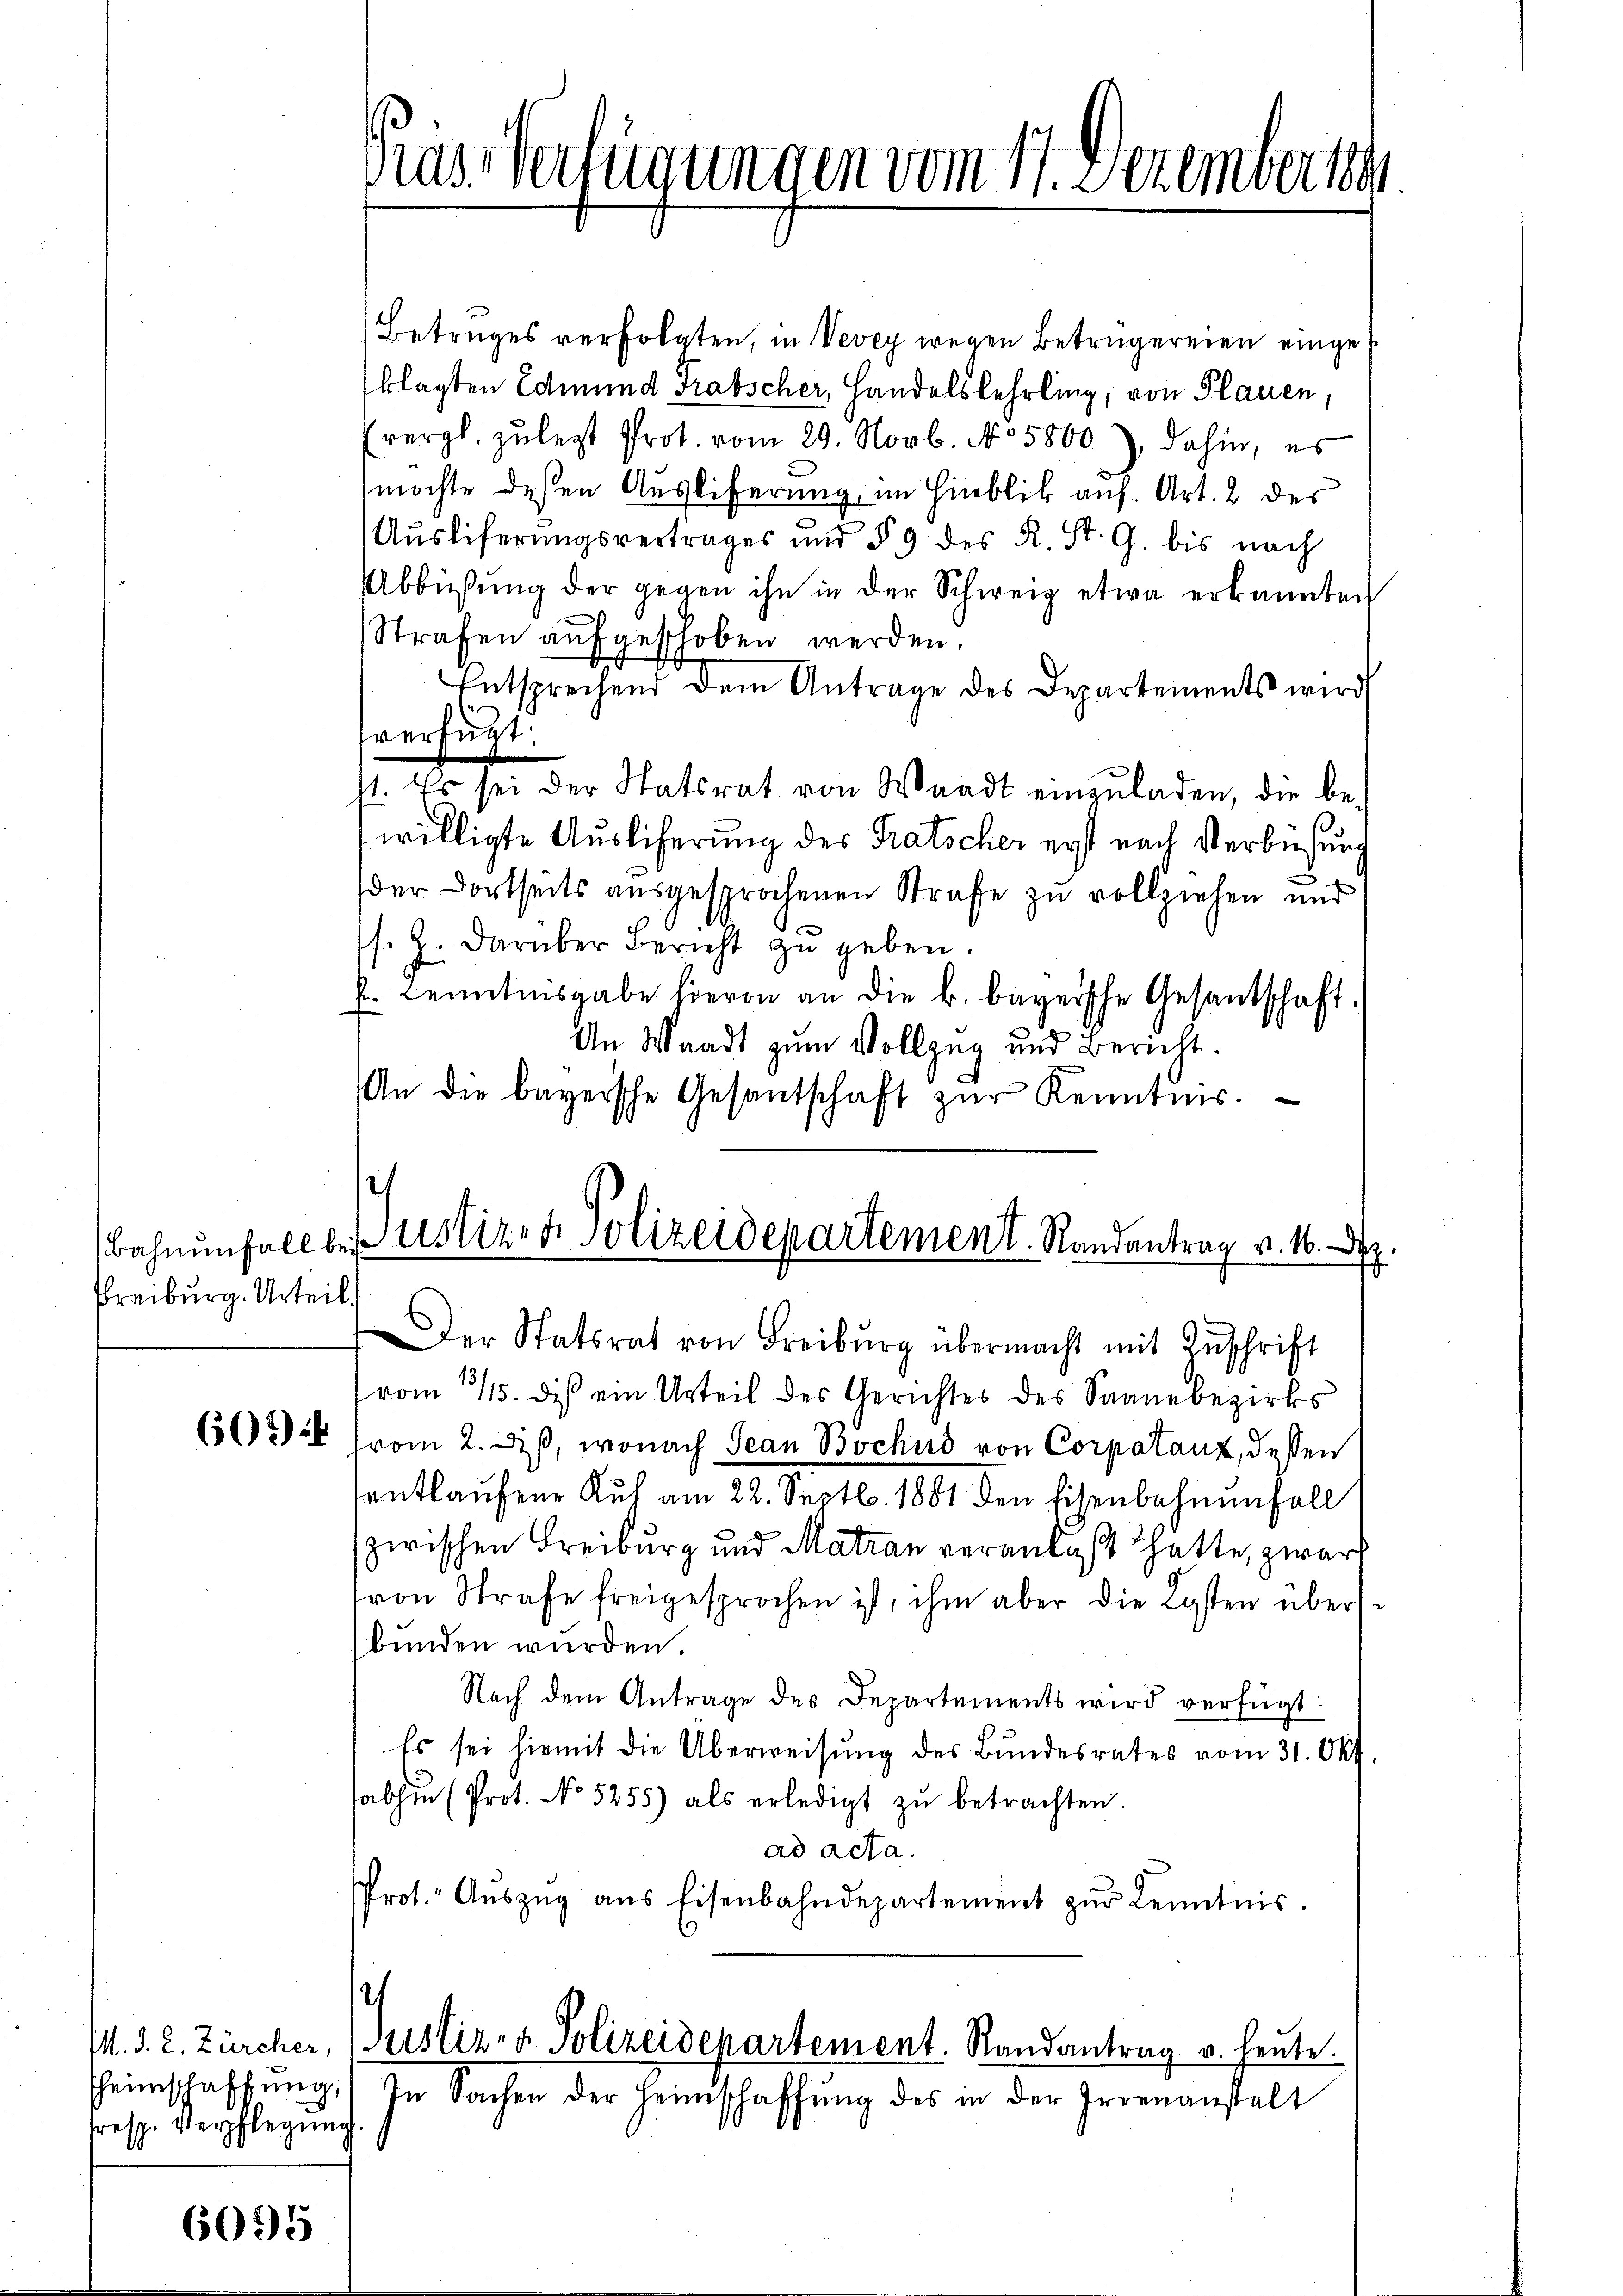
Freiburg. Urteil

Theimschaffung,
fresp. Verpflegung

6095

s

Gras Verfügungen vom 17. Dezembert

Betruges verfolgten, in Vevey wegen Betrügereien eingeklagten Edmund Grabscher, Handelslehrling, von Plauen.
(vergl. zŭ legt Prot. vom 29. Novb. No 5800), dahin, es
möchte dessen Auslieferung, im Hinblik auf. Art. 2 des
Auslieferungsvertrages und § 9 des R. St. G. bis nach
Abbüßung der gegen ihn in der Schweiz etwa erkannten
Strafen aufgeschoben werden.
Entsprechend dem Antrage des Departements wird
sverfügt:
st. Es sei der Statrat von Waadt einzŭladen, die be-
willigte Auslicherung des Fratscher erst nach Verbüßung
der dortseits ausgesprochenen Strafe zu vollziehen und
s. Z. darüber Bericht zu geben.
k. Kenntnisgabe hievon an die k. bayersche Gesantschaft.
An Waadt zum Vollzug und Bericht.
An die bayersche Gesantschaft zŭr Kenntnis.

)
Bahnŭnfall bei Ustizen Polizeidepartement. Randantrag v. 16.
Der Statsrat von Freiburg übermacht mit Zŭschrift

vom 15. dis ein Urteil des Gerichtes des Saanebezirks
602 (vom 2. Diß, wonach Jean Bochus von Corpatanz, dessen
sentlaufene Kuh am 22. Septb. 1881 den Eisenbahnenfall
zwischen Freiburg und Matran veranlaßt hatte, zwar
ron Strafe freigesprochen ist, ihm aber die Kosten übersbunden wurden.
Nach dem Antrage des Departements wird verfügt:
Es sei hiemit die Überweisŭng des Bŭndesrates vom 31. Okt.
sabhin (Prot. No 5255) als erledigt zŭ betrachten.
ad acta.
Prot. Aŭszŭg ans Eisenbahndepartement zŭr Kenntnis.

M. d. 2. Zürcher, Justiz- & Polizeidepartement. Randantrag u. heute.
In Sachen der Heimschaffŭng des in der Irrenanstalt